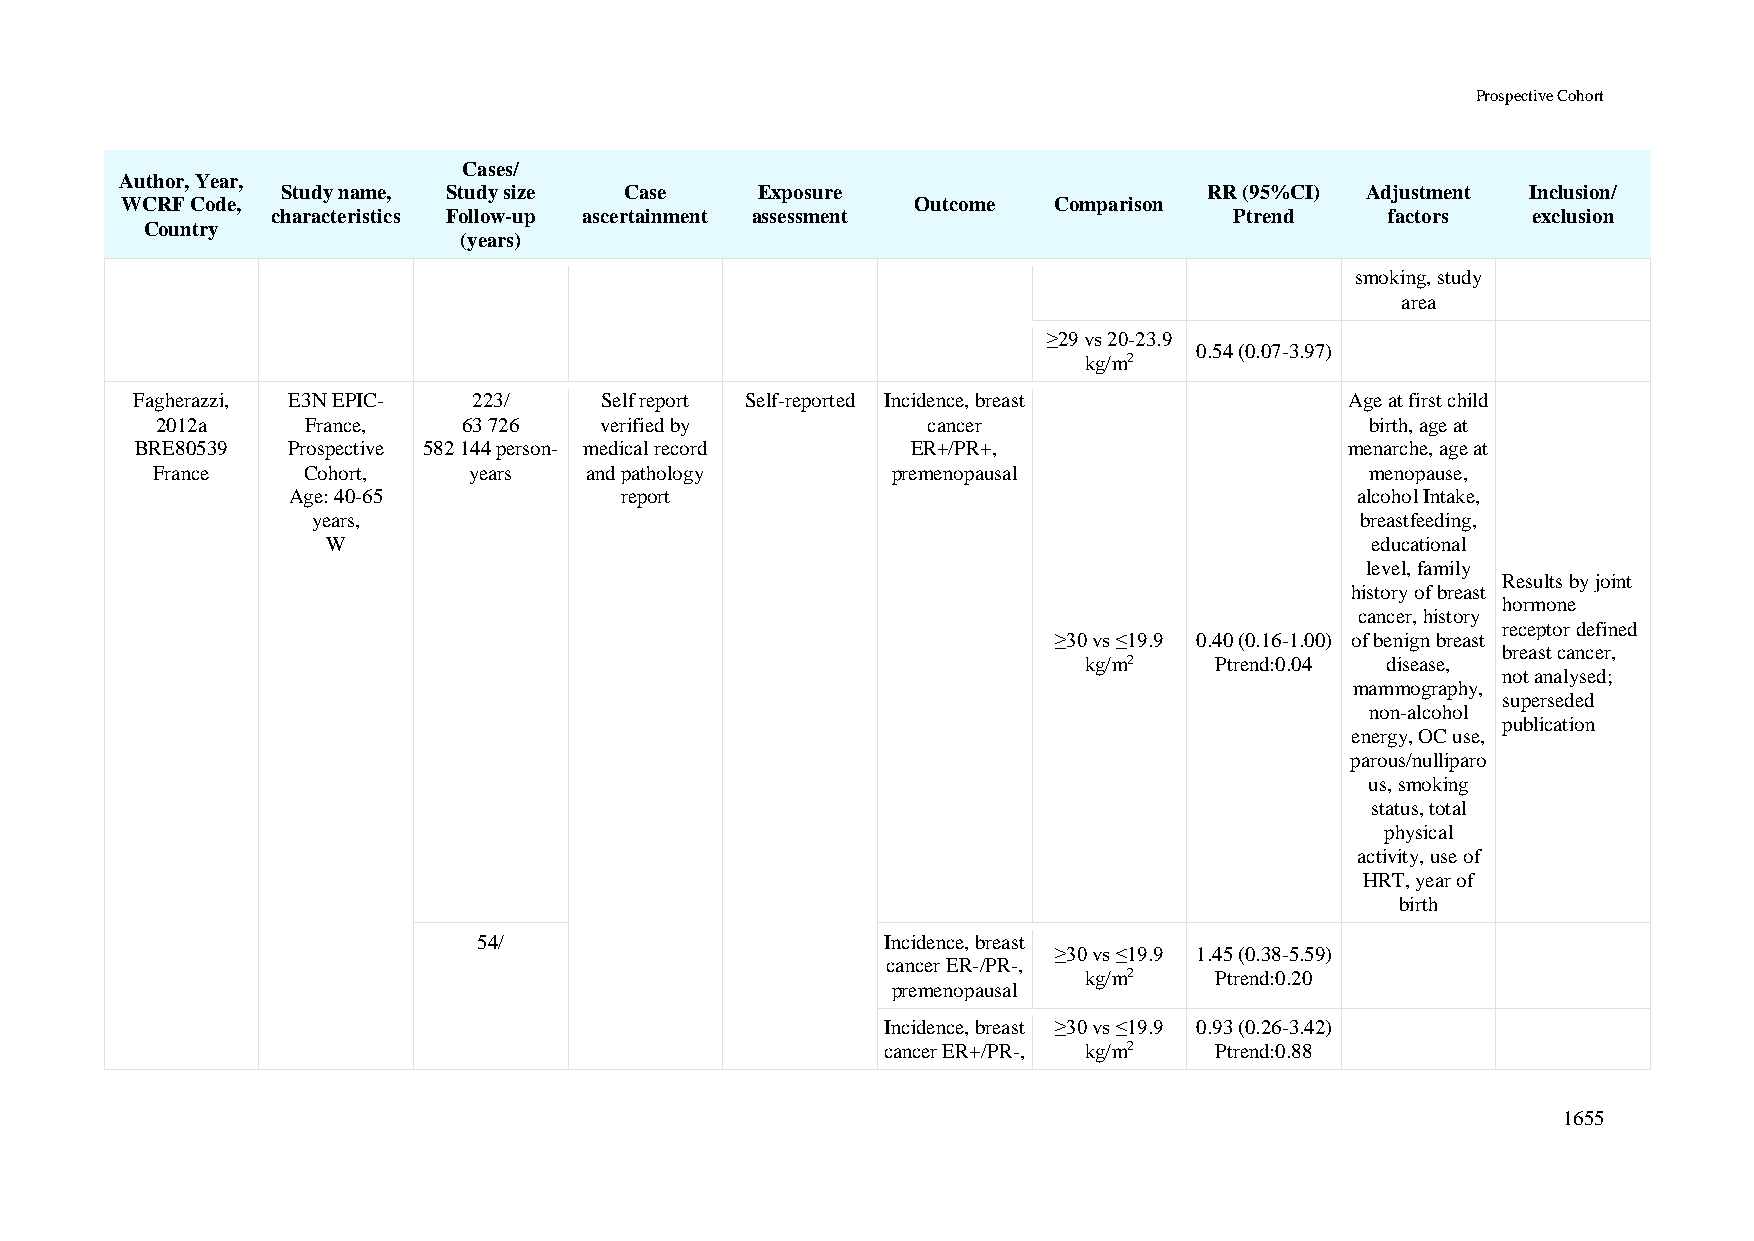
Prospective Cohort
 Cases/
 Author, Year,
 Study name, Study size Case    Exposure                      RR (95%CI) Adjustment Inclusion/
 WCRF Code,                                           Outcome  Comparison
 characteristics Follow-up ascertainment assessment              Ptrend    factors  exclusion
 Country
 (years)
 smoking, study
 area
 ≥29 vs 20-23.9
 0.54 (0.07-3.97)
 kg/m2
 Fagherazzi, E3N EPIC- 223/     Self report Self-reported Incidence, breast      Age at first child
 2012a     France,    63 726   verified by          cancer                        birth, age at
 BRE80539  Prospective 582 144 person- medical record ER+/PR+,                   menarche, age at
 France    Cohort,    years   and pathology       premenopausal                   menopause,
 Age: 40-65            report                                           alcohol Intake,
 years,                                                               breastfeeding,
 W                                                                    educational
 level, family
 Results by joint
 history of breast
 hormone
 cancer, history
 receptor defined
 ≥30 vs ≤19.9 0.40 (0.16-1.00) of benign breast
 breast cancer,
 kg/m2   Ptrend:0.04 disease,
 not analysed;
 mammography,
 superseded
 non-alcohol
 publication
 energy, OC use,
 parous/nulliparo
 us, smoking
 status, total
 physical
 activity, use of
 HRT, year of
 birth
 54/                        Incidence, breast
 ≥30 vs ≤19.9 1.45 (0.38-5.59)
 cancer ER-/PR-,
 kg/m2   Ptrend:0.20
 premenopausal
 Incidence, breast ≥30 vs ≤19.9 0.93 (0.26-3.42)
 cancer ER+/PR-, kg/m2 Ptrend:0.88
 1655